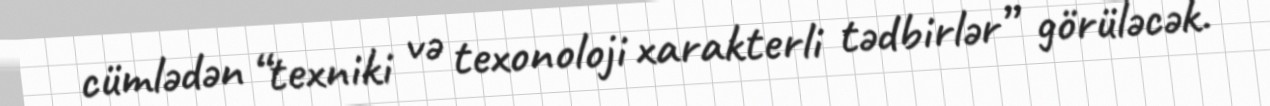
cümlədən “texniki və texonoloji xarakterli tədbirlər” görüləcək.